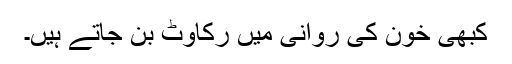
کبھی خون کی روانی میں رکاوٹ بن جاتے ہیں۔